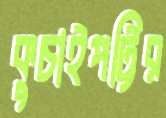
কুচাইপট্টির